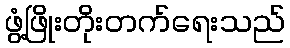
ဖွံ့ဖြိုးတိုးတက်ရေးသည်